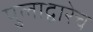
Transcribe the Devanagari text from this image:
पुलाद्वारेच